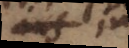
ejus in